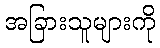
အခြားသူများကို